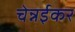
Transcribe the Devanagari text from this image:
चेन्नईकर